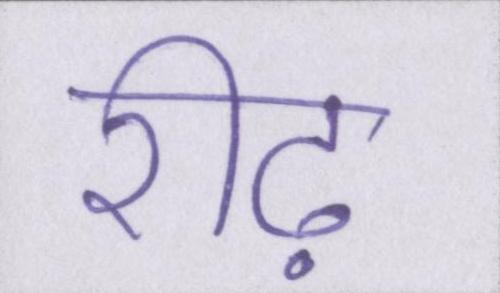
रीढ़